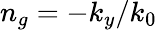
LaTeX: n_{g}=-k_{y}/k_{0}